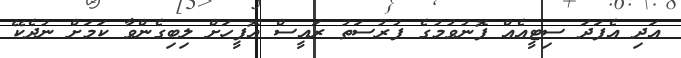
އަދި އެފަދަ ސިޓީއެއް ފޮނުވުމުގެ ފުރުސަތު ރައީސް އޮފީހަށް ލިބިގެންވާ ކަމަށް ނުދެކޭ